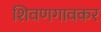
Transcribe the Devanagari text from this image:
शिवणगावकर